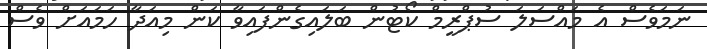
ނަމަވެސް އެ މައްސަލަ ސުޕްރީމް ކޯޓުން ބަލައިގެންފައިވާ ކަން މިއަދާ ހަމައަށް ވެސް